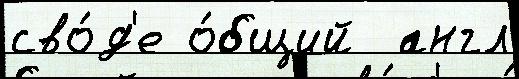
сво́д'е о́бщий  англ